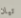
تيان